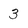
Character: 3